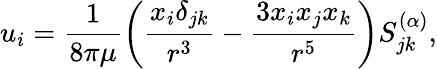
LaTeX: u_{i}=\frac{1}{8\pi\mu}\left(\frac{x_{i}\delta_{jk}}{r^{3}}-\frac{3x_{i}x_{j}x_{k}}{r^{5}}\right)S_{jk}^{(\alpha)},